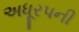
અધૂરપની